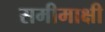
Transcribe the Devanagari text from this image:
समीमाक्षी